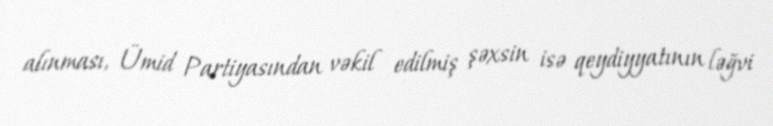
alınması, Ümid Partiyasından vəkil edilmiş şəxsin isə qeydiyyatının ləğvi